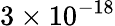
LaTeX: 3\times 10^{-18}